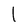
Character: 1